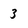
Character: 3